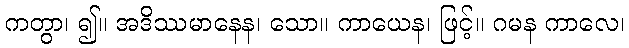
ကတွာ၊ ၍။ အဒိဿမာနေန၊ သော။ ကာယေန၊ ဖြင့်။ ဂမန ကာလေ၊